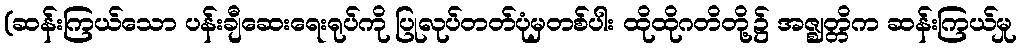
(ဆန်းကြယ်သော ပန်းချီဆေးရေးရုပ်ကို ပြုလုပ်တတ်ပုံမှတစ်ပါး ထိုထိုဂတိတို့၌ အဇ္ဈတ္တိက ဆန်းကြယ်မှု